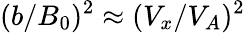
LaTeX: (b/B_{0})^{2}\approx(V_{x}/V_{A})^{2}